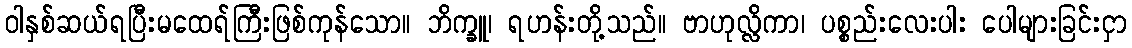
ဝါနှစ်ဆယ်ရပြီးမထေရ်ကြီးဖြစ်ကုန်သော။ ဘိက္ခူ၊ ရဟန်းတို့သည်။ ဗာဟုလ္လိကာ၊ ပစ္စည်းလေးပါး ပေါများခြင်းငှာ